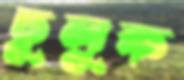
ঢুলুক